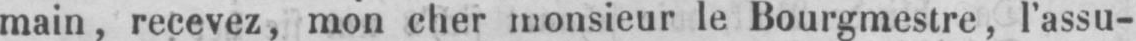
main, recevez, mon cher monsieur le Bourgmestre, l’assu-